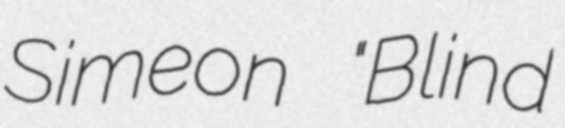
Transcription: Simeon "Blind